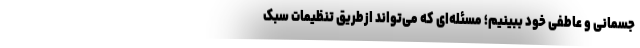
جسمانی و عاطفی خود ببینیم؛ مسئله‌ای که می‌تواند ازطریق تنظیمات سبک